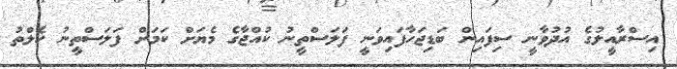
އިސްރާއީލުގެ އުދުވާނީ ސިފައިން ބަޑިޖަހާފައިވަނީ ފަލަސްތީނު ކުއްޖާގެ މެޔަށް ކަމަށް ފަލަސްތީނު ހެލްތު